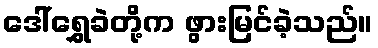
ဒေါ်ရွှေခဲတို့က ဖွားမြင်ခဲ့သည်။